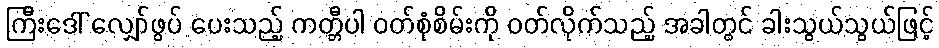
ကြီးဒေါ် လျှော်ဖွပ် ပေးသည့် ကတ္တီပါ ဝတ်စုံစိမ်းကို ဝတ်လိုက်သည့် အခါတွင် ခါးသွယ်သွယ်ဖြင့်